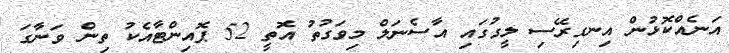
އަނެއްކޮޅުން އިނގިރޭސި ލީގުގައި އާސެނަލް މިވަގުތު އޮތީ 52 ޕޮއިންޓާއެކު ތިން ވަނާގަ